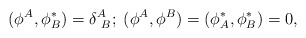
\begin{align*}(\phi^A, \phi^*_B) = \delta^A_{\ B}; \;(\phi^A, \phi^B) = (\phi^*_A, \phi^*_B) = 0,\end{align*}